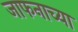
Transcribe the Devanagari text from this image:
जाफनाच्या